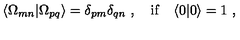
\langle \Omega _ { m n } | \Omega _ { p q } \rangle = \delta _ { p m } \delta _ { q n } \ , \quad \mathrm { i f } \quad \langle 0 | 0 \rangle = 1 \ ,